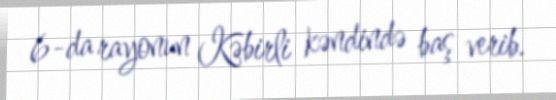
6-da rayonun Kəbirli kəndində baş verib.